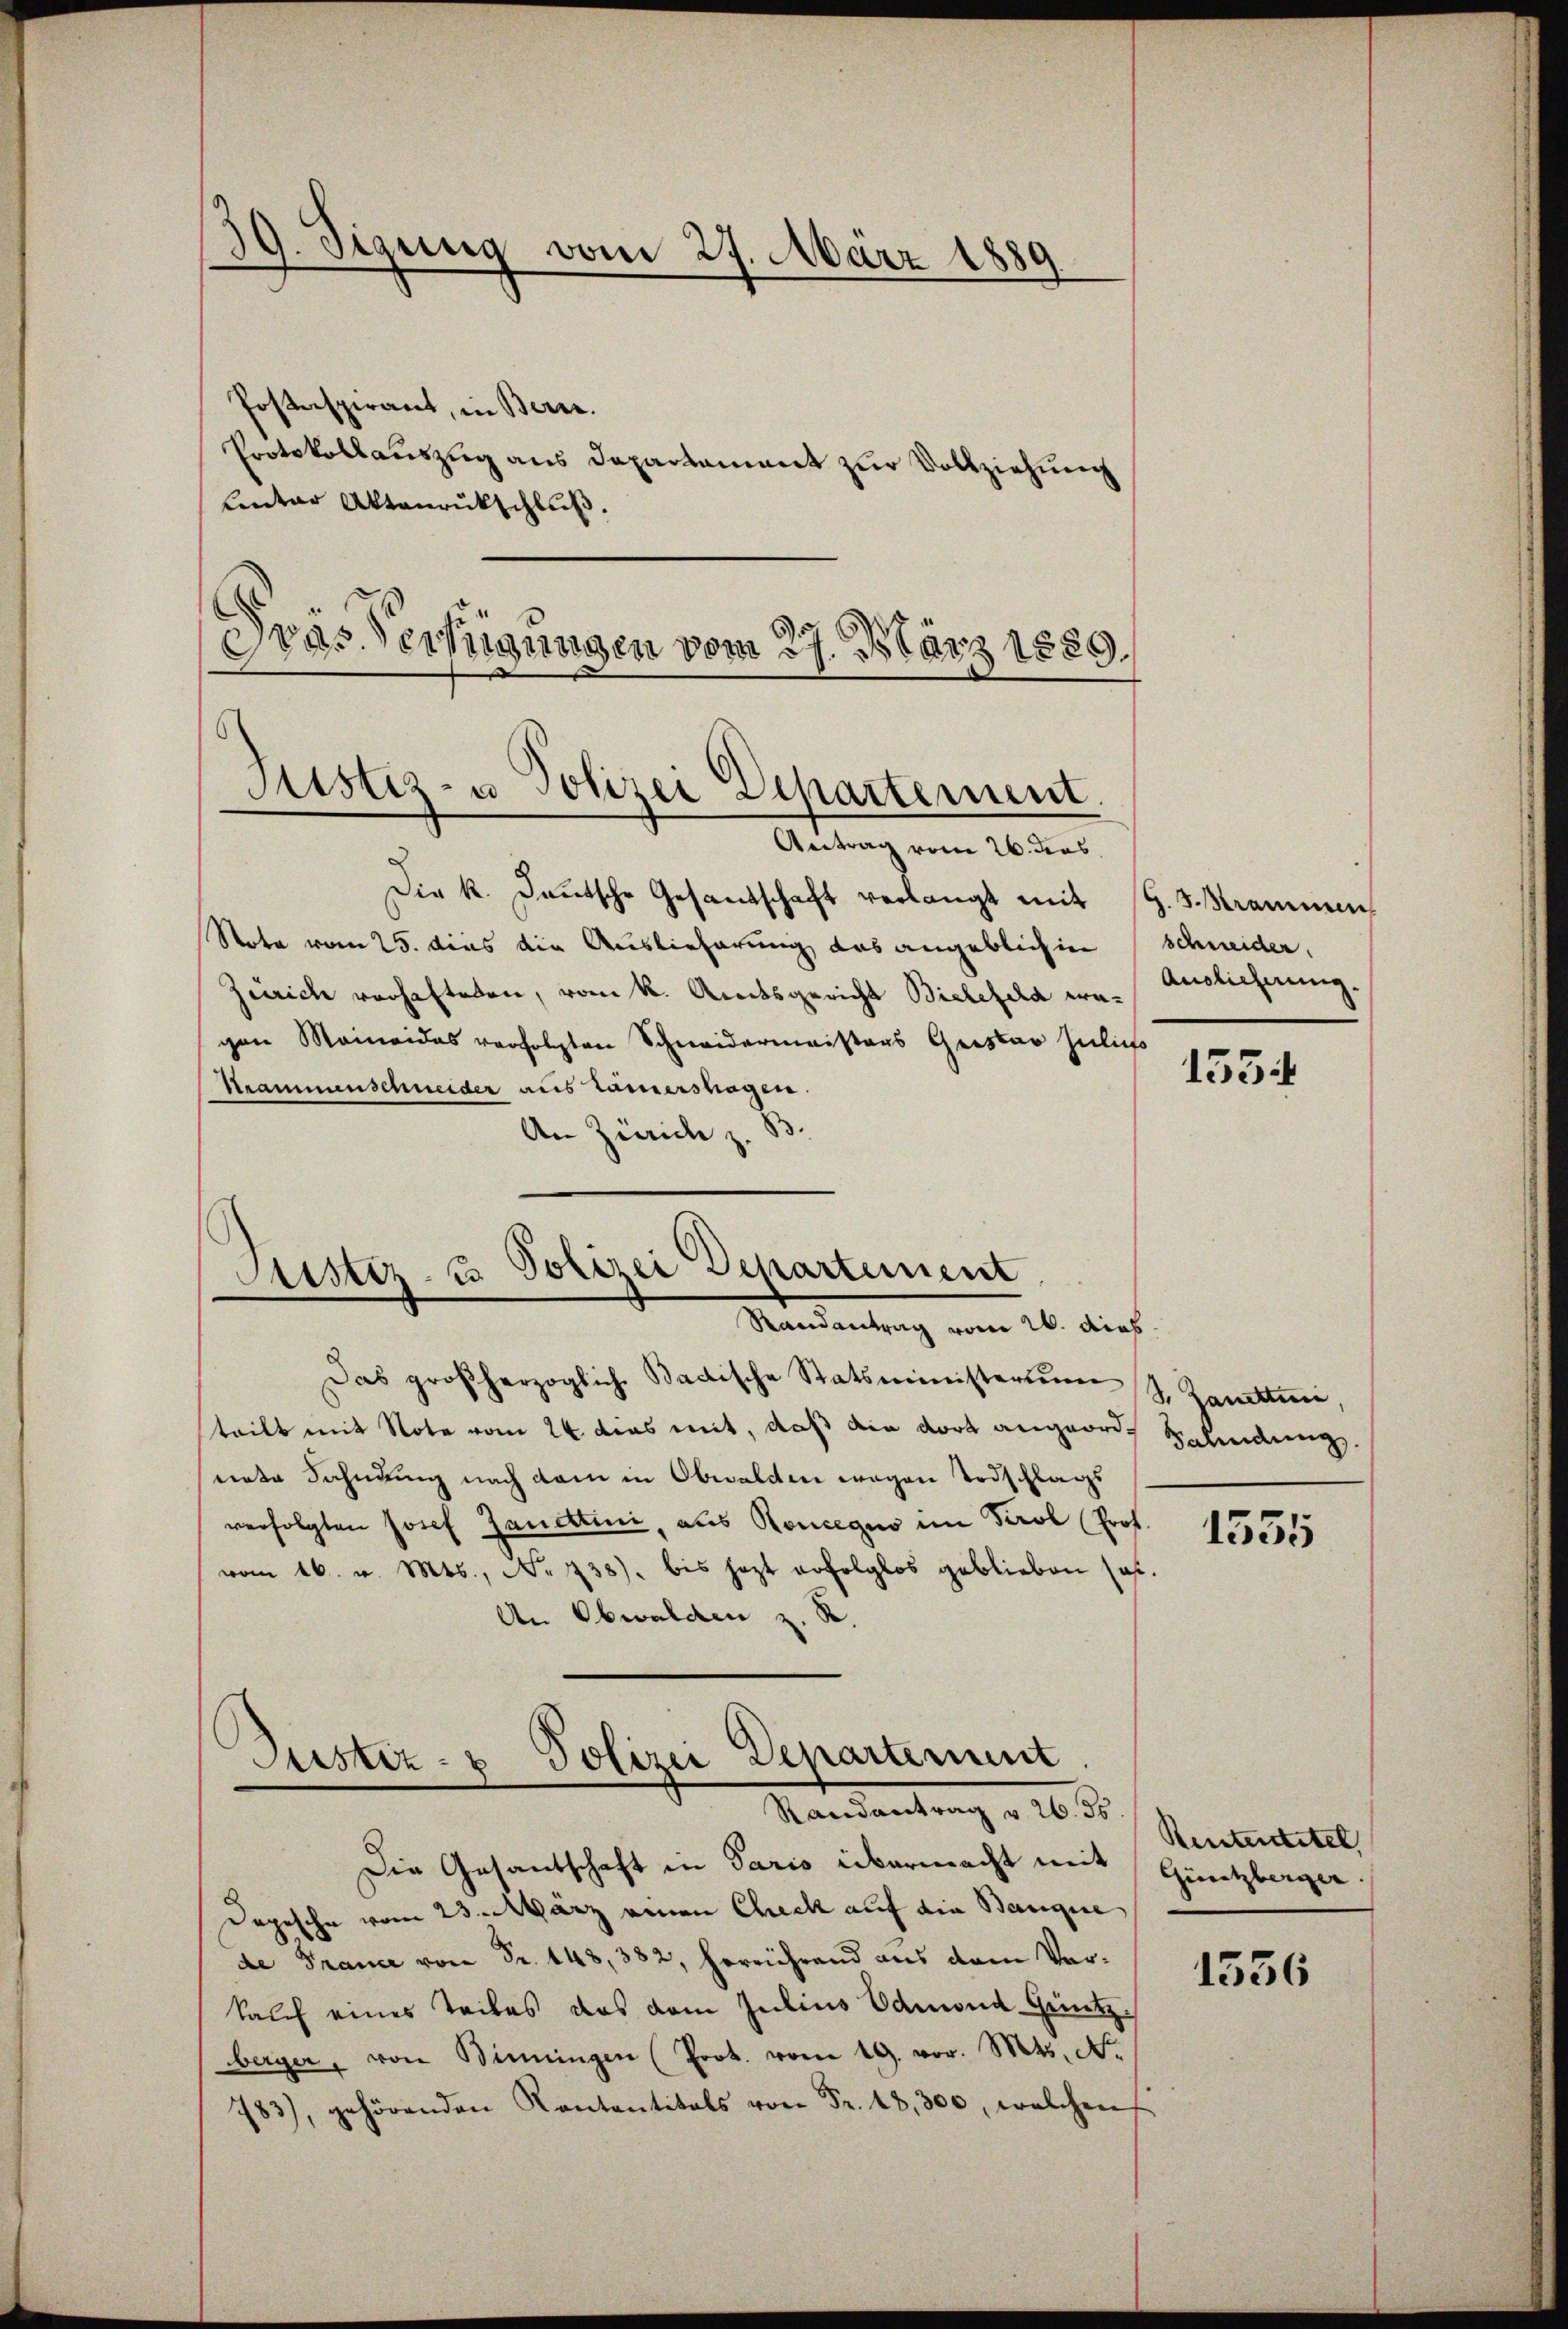
39. Sigung vom 27. März 1889.
d
Postaspirant, in Bern.
Protokollauszug aus Departament zur Vollziehung
Lentar Aktenrückschluß.

Dras Verfügungen vom 27. März 1889.
Justiz- u Polizei Departement.
n
Antrag vom 26. dens,

Die k. Deutsche Gesandschaft verlangt mit
Nota vom 25. dies die Auslieferung, das angeblich in
Zürich vorhafteten, vom k. Amtsgericht Bielefeld wagen Momeides verfolgten Schneidermeisters Geister zulief
Stammenschneider aus Kamershagen.
An Zürich z. B.

Justiz- & Polizei Departement
e
Randantrag vom 26. dies

Das großherzoglich Badische Statsministerium S. Zanetten,
teilt mit Note vom 24. dies mit, daß ain dort angeordnerte Fahndung nach dem in Obwalden wegen Todschlags
verfolgten Josef Zanettini, als Koncegus im Tirol (Prof.
vom 16. v. Mts., No 738). bis jezt erfolglos geblieben sas
An Obwalden z. R.

Justiz- & Polizei Departement
.
Randantrag v. 26. 56
Die Gesantschaft in Paris übermacht mit

Depesche vom 23. März einen Check auf die Banque
de France von Fr. 148, 382, herrührend aus dem Verkauf eines Teiles das vom Julius Admond Güntzberger, von Biningen (Prot. vom 19. vor. Mts. A.
783), gehörenden Kantantitals von Fr. 18,300, welchen

g. Trammen
schneider.
Auslichnung.

1554

Salindung.

1535

Rententitel
Gürtzberger.

1536